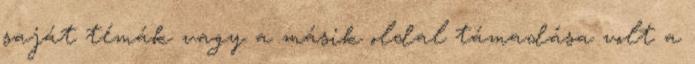
saját témák vagy a másik oldal támadása volt a